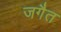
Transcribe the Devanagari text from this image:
जगैत